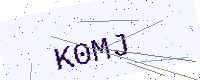
Text: K0MJ